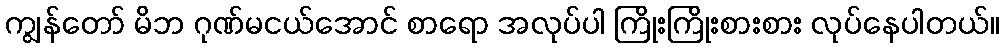
ကျွန်တော် မိဘ ဂုဏ်မငယ်အောင် စာရော အလုပ်ပါ ကြိုးကြိုးစားစား လုပ်နေပါတယ်။